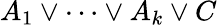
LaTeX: A_{1}\lor\cdots\lor A_{k}\lor C